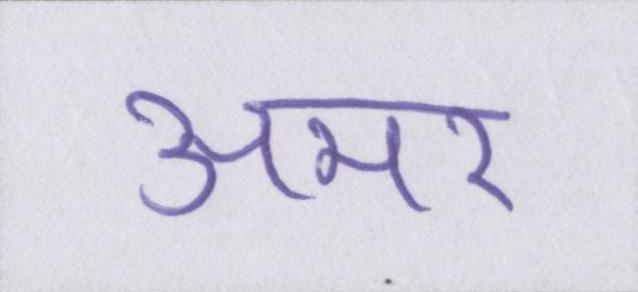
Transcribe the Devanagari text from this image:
अमर